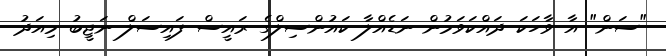
"ސަން" އާ ވާހަކަ ދައްކަވަމުން ނަޑެއްލާ ކައުންސިލްގެ ރައީސް ފައިސަލް ނަޖީބު މިއަދު